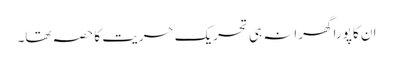
ان کا پورا گھرانہ ہی تحریک حریت کا حصہ تھا۔